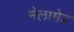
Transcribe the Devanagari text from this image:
मेलामेड